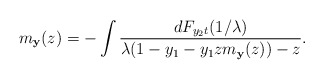
\begin{align*}m_{{\mathbf y}}(z) =-\int\frac{dF_{y_2t}(1/\lambda)}{\lambda(1-y_1-y_1zm_{{\mathbf y}}(z))-z}. \end{align*}